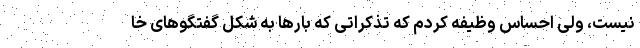
نیست، ولی احساس وظیفه کردم که تذکراتی که بارها به شکل گفتگوهای خا